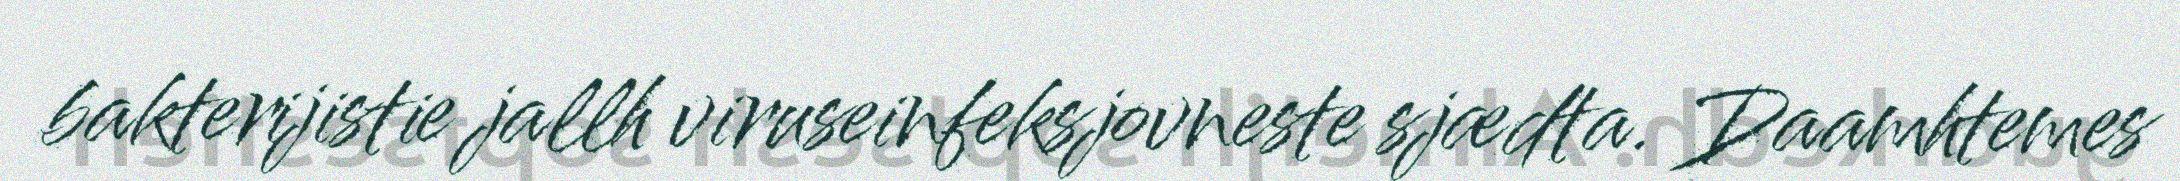
bakterijistie jallh viruseinfeksjovneste sjædta. Daamhtemes